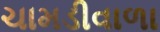
ચામડીવાળા